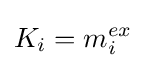
K_{i}=m_{i}^{ex}